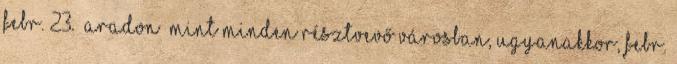
febr. 23. Aradon –mint minden résztvevő városban, ugyanakkor, febr.